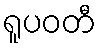
ရူပဝတီ